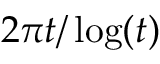
2 { \pi } t / \log ( t )